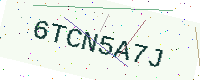
Text: 6TCN5A7J